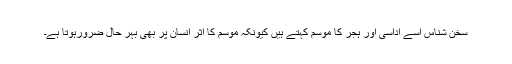
سخن شناس اسے اداسی اور ہجر کا موسم کہتے ہیں کیونکہ موسم کا اثر انسان پر بھی بہر حال ضرورہوتا ہے۔